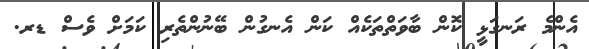
އެންމެ ރަނގަޅީ ކޮން ބާވަތްތަކެއް ކަން އެނގުން ބޭނުންތެރި ކަމަށް ވެސް ޑރ.